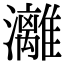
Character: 灕